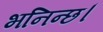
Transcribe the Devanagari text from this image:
भनिन्छ।